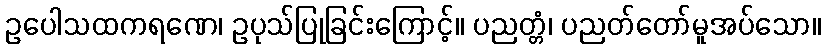
ဥပေါသထကရဏေ၊ ဥပုသ်ပြုခြင်းကြောင့်။ ပညတ္တံ၊ ပညတ်တော်မူအပ်သော။